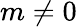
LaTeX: m\ne 0